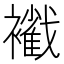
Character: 𧞩